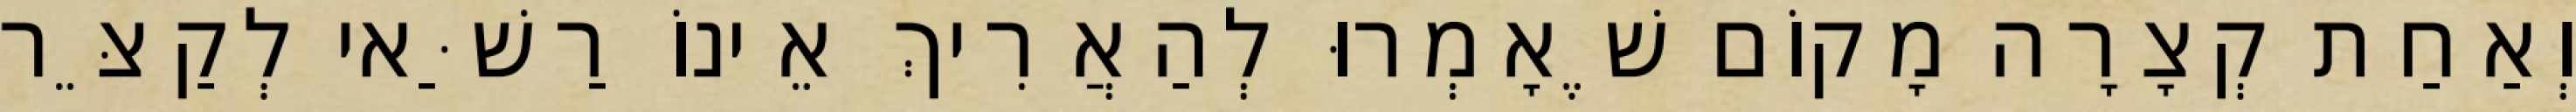
וְאַחַת קְצָרָה מָקוֹם שֶׁאָמְרוּ לְהַאֲרִיךְ אֵינוֹ רַשַּׁאי לְקַצֵּר